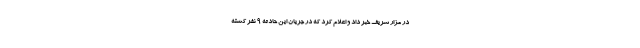
در مزار شریف خبر داد و اعلام کرد که در جریان این حادثه ۹ نفر کشته